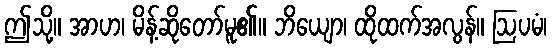
ဤသို့။ အာဟ၊ မိန့်ဆိုတော်မူ၏။ ဘိယျော၊ ထိုထက်အလွန်။ ဩပမံ၊